Source: Handwritten
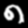
Digit: ၈ (8)